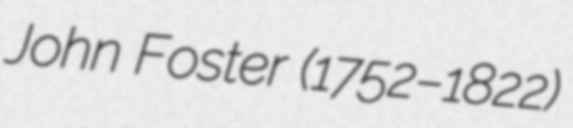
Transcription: John Foster (1752–1822)